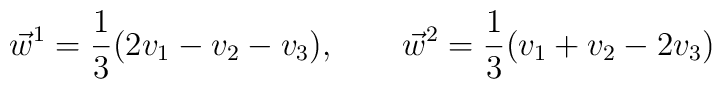
\vec{w}^{1}= \frac{1}{3}(2v_{1}-v_{2}-v_{3}) , \qquad  \vec{w}^{2}= \frac{1}{3}(v_{1}+v_{2}-2v_{3})